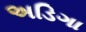
અડિગા